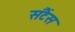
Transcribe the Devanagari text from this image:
संटैंस